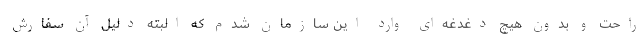
راحت و بدون هیچ دغدغه‌ای وارد این سازمان شدم که البته دلیل آن سفارش